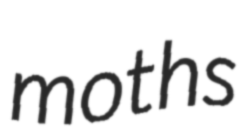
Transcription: moths